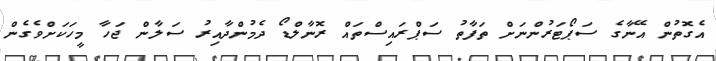
އެގޮތުން އޭނާގެ ސަޕޯޓަރުންނަށް ތަފާތު ސަޕްރައިސްތައް ރޮނާލްޑޯ ދެމުންދާއިރު ސަލާން ޖަހާ މީހަކަށްވެގެން